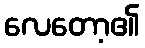
လေတော့၏